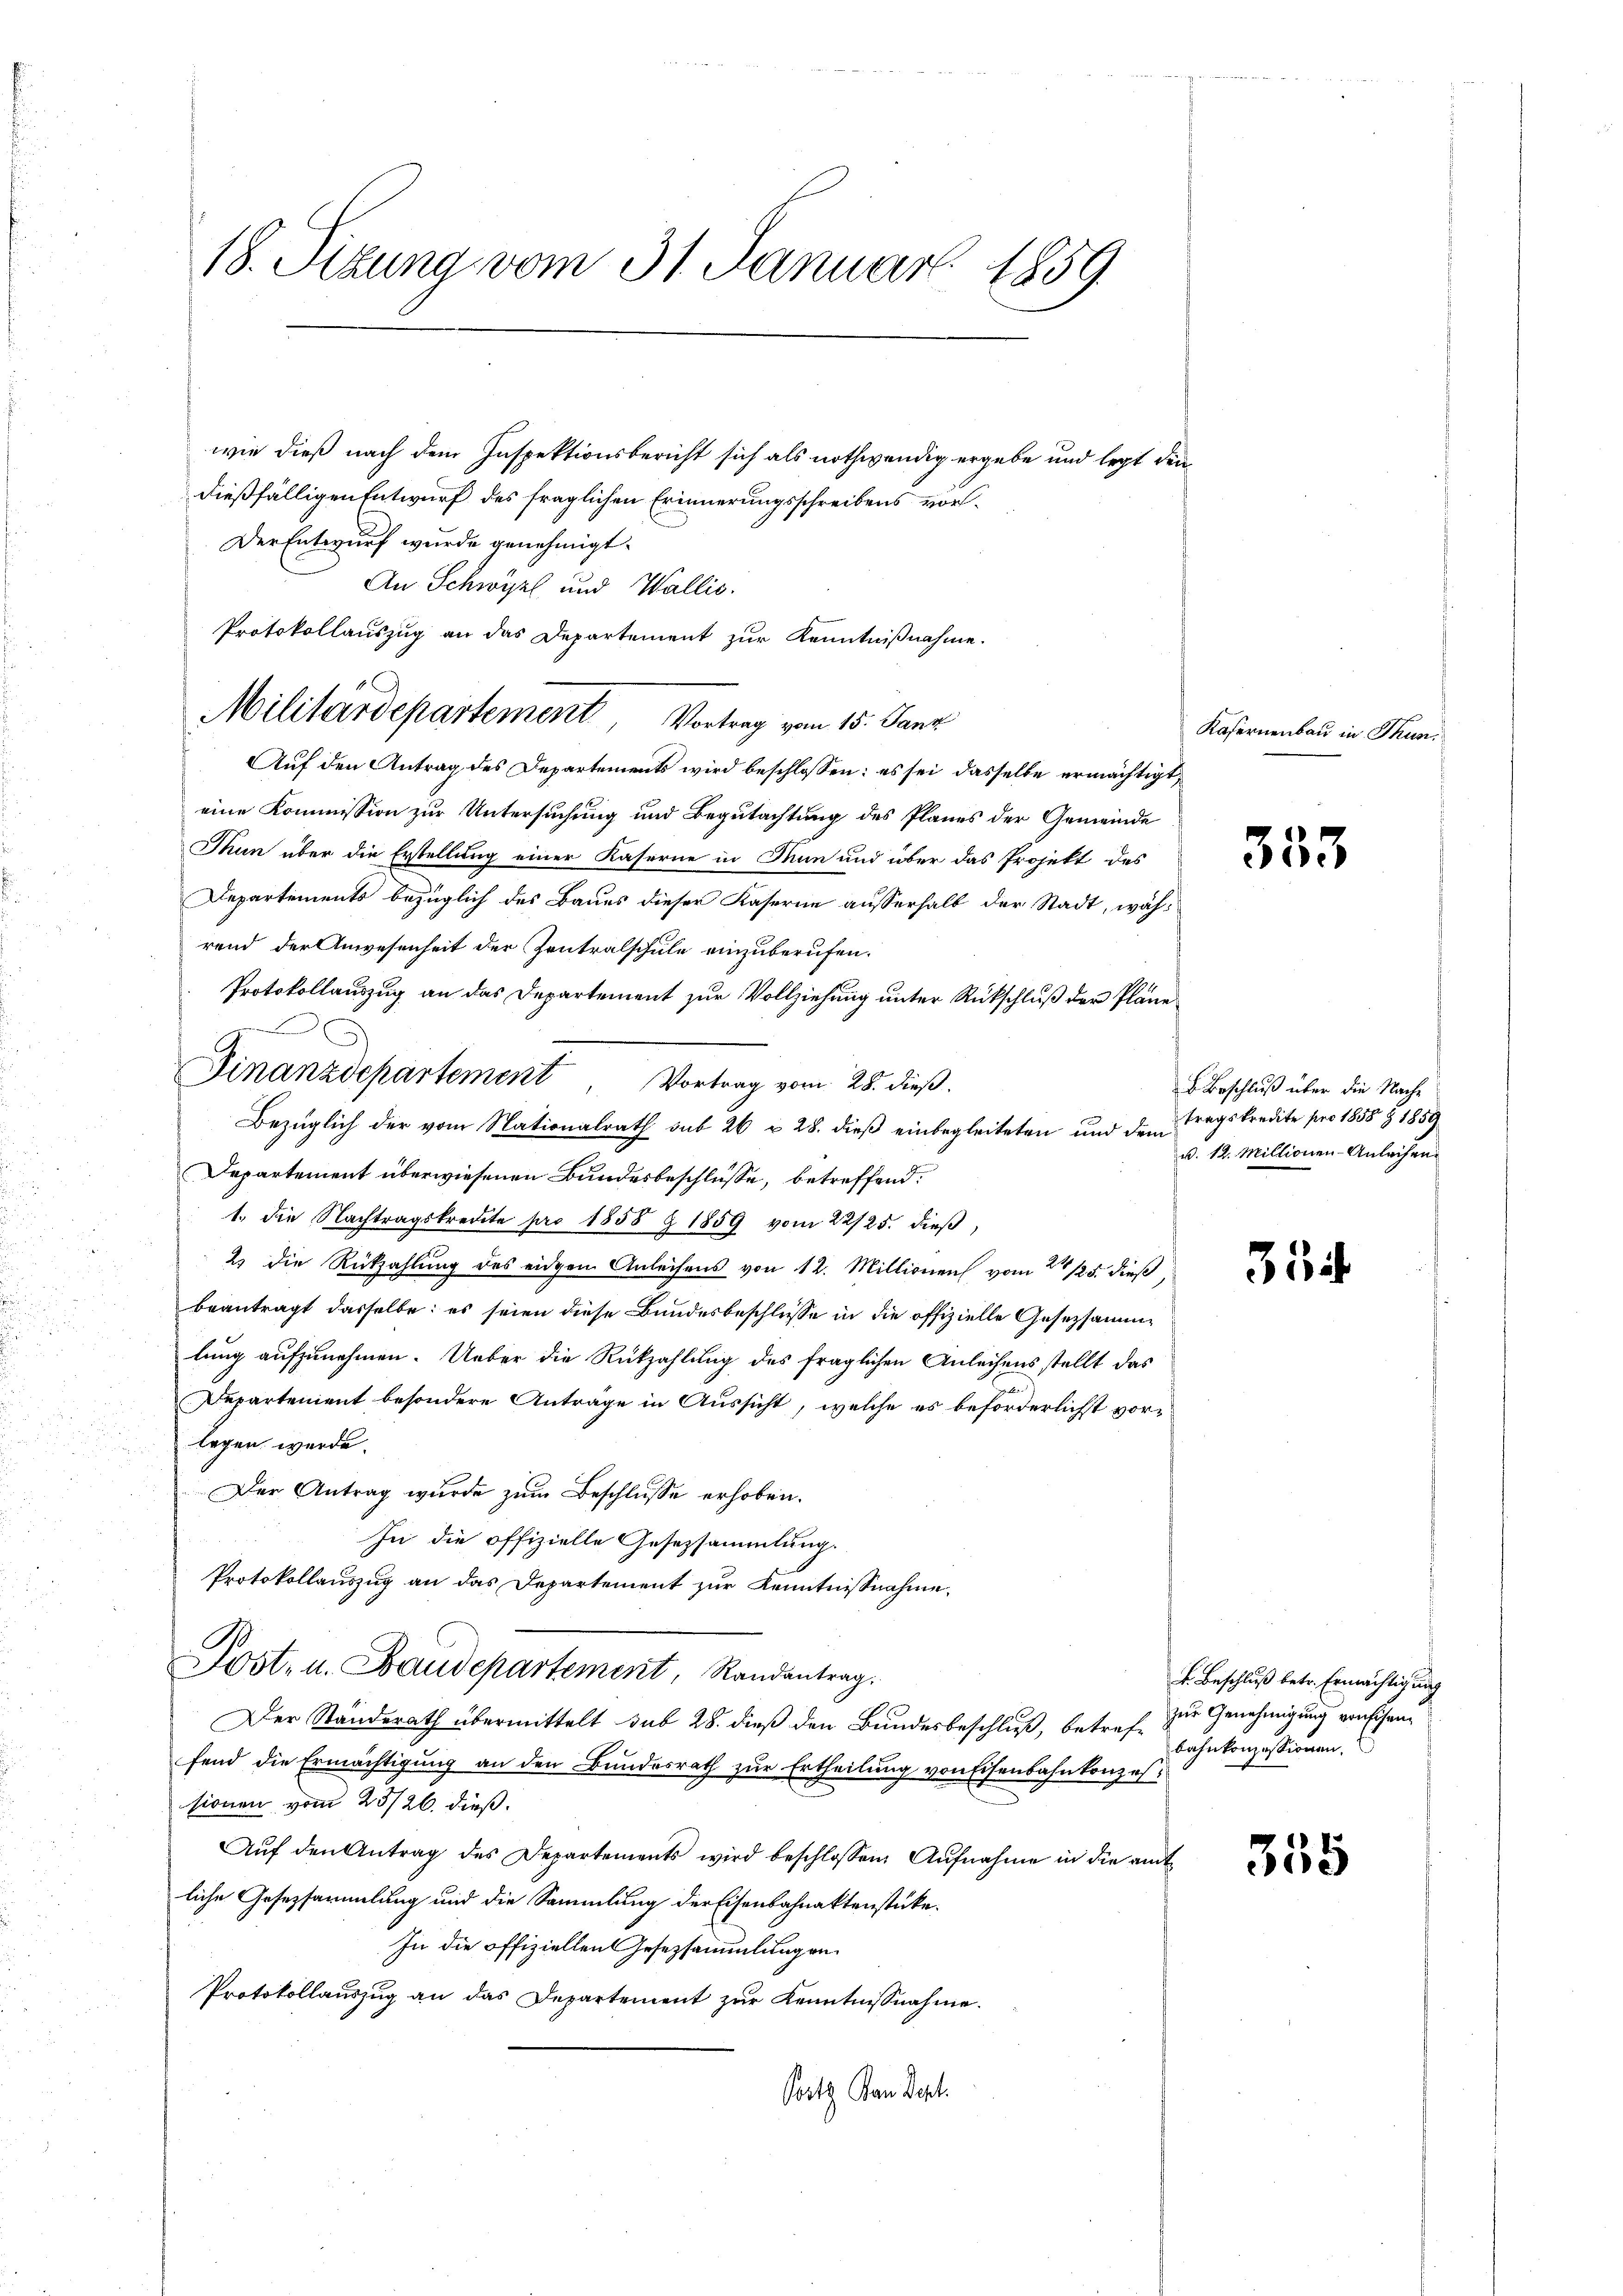
18. Sizung vom 31. Januar 1859

wie dieß nach dem Inspektionsbericht sich als nothwendig ergebe und legt den
dießfälligen Entwurf des fraglichen Erinnerungsschreibens vor¬
Der Entwurf wurde genehmigt.
An Schwyz und Wallis.
Protokollauszug an das Departement zur Kenntnißnahme.
Militärdepartement Vortrag vom 15. Janz
Auf den Antrag des Departements wird beschlossen: es sei dasselbe ermächtigt,
eine Kommission zur Untersuchung und Begutachtung des Planes der Gemeinde
Man über die Erstellung einer Kaserne in Man und über das Projekt des
Departements bezüglich des Baues dieser Kaserne ausserhalb der Stadt, während der Anwesenheit der Zentralschule einzuberufen.
Protokollauszug an das Departement zur Vollziehung unter Rückschluß der Pläne
Bezüglich der vom Nationalrath sub 26 u. 28. dieß einbegleiteten und dem
Departement überwiesenen Bundesbeschlüsse, betreffend
1. die Nachtragskredite pro 1858 § 1859 vom 22/25. dieβ,
u
2 die Rückzahlung des eidgen Anleihens von 12. Millionen vom 24. 125. dieß,
u
beantragt dasselbe: es seien diese Bundesbeschlüsse in die offizielle Gesetzsammlung aufzunehmen. Ueber die Rückzahlung des fraglichen Anleihens stellt das
Departement besondere Anträge in Aussicht, welche es beförderlichst vor¬
u
legen werde.
Der Antrag wurde zum Beschlusse erhoben.
In die offizielle Gesetzsammlung.
Protokollauszug an das Departement zur Kenntnissnahme,
Post- u. Baudepartement, Randantrag.
Der Standerath übermittelt sub 28. dieß den Bundesbeschluß, betreff zur Genehmigung von sichenfend die Ermächtigung an den Bundesrath zur Ertheilung von Eisenbahnkonzessionen vom 23/26. dieß.
Aŭf den Antrag des Departements wird beschlossen. Aŭfnahme in die amt
liche Gesetzsammlung und die Sammlung der Eisenbahnaktenstücke
In die offiziellen Gesetzsammlungen
Protokollauszug an das Departement zur Kenntnisnahme.
Satz von Sept.

Finanzdepartement Vortrag vom 28. dieβ.

Kafernenbau in Thun.

353

B. Beschluß über die Nachtragskredite pro 1858 § 1859
v. 12. Millionen- Anleihen.

334

k. Beschluß betr. Ermächtigung
bahnkonzessionen.

355